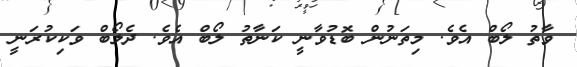
ވާތު ލޯބް އެވެ. މިތަނުން ބޮޑުވާނީ ކަނާތު ލޯބް އެވެ. ދެލޯބް ވަކިކުރަނީ